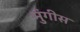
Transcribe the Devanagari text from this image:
मुंगीस